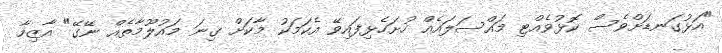
"އަޅުގަނޑަށްވެސް ކޮޅުވެއްޓި މައްސަލައެއް ހުށަހެޅިފައިވޭ އެކަމަކު މާކަށް ގިނަ މައުލޫމާތެއް ނޭގޭ" އާޒިމާ